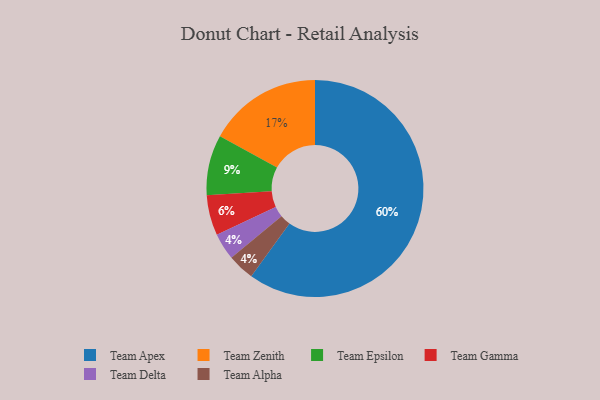
{"axis": {"x": "Category", "y": "Percentage"}, "legend": ["Team Alpha", "Team Apex", "Team Delta", "Team Epsilon", "Team Gamma", "Team Zenith"], "data": [{"x": "Team Delta", "y": 4, "type": "Team Delta"}, {"x": "Team Apex", "y": 60, "type": "Team Apex"}, {"x": "Team Zenith", "y": 17, "type": "Team Zenith"}, {"x": "Team Gamma", "y": 6, "type": "Team Gamma"}, {"x": "Team Epsilon", "y": 9, "type": "Team Epsilon"}, {"x": "Team Alpha", "y": 4, "type": "Team Alpha"}]}